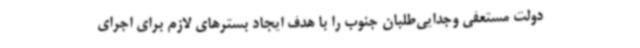
دولت مستعفی وجدایی‌طلبان جنوب را با هدف ایجاد بسترهای لازم برای اجرای